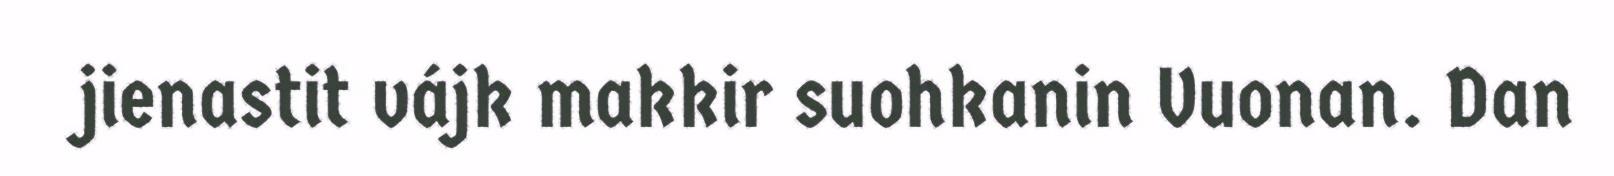
jienastit vájk makkir suohkanin Vuonan. Dan